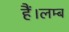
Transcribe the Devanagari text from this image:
हैं।लम्ब